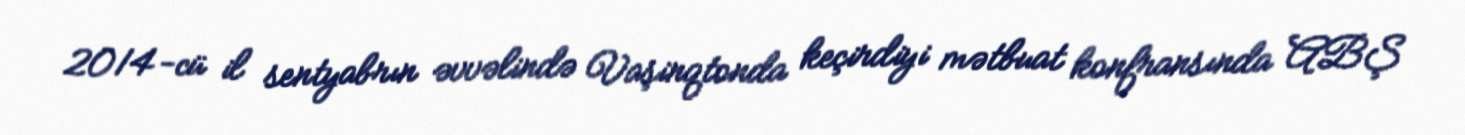
2014-cü il sentyabrın əvvəlində Vaşinqtonda keçirdiyi mətbuat konfransında ABŞ